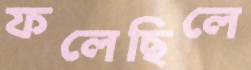
ফলেছিলে